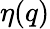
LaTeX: \eta(q)